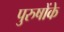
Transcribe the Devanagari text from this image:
पुरुषोंके